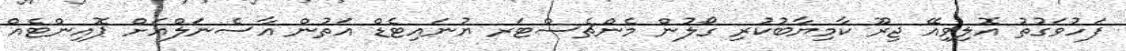
ފަހުވަގުތު އޮލިވިއޭ ޖިރޫ ކާމިޔާބުކުރި ގޯލުން މެންޗެސްޓަރ ޔުނައިޓެޑް އަތުން އާސެނަލްއަށް ޕޮއިންޓެއް